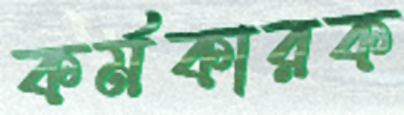
কর্মকারক